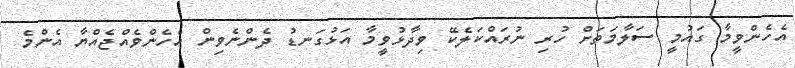
އެހެންވީމާ ގައުމީ ސަލާމަތަށް ހުރި ނުރައްކަލެކޭ ވިދާޅުވީމާ އަޅުގަނޑު ދެންނެވިން އެހެންވެއްޖެއްޔާ އެންމެ